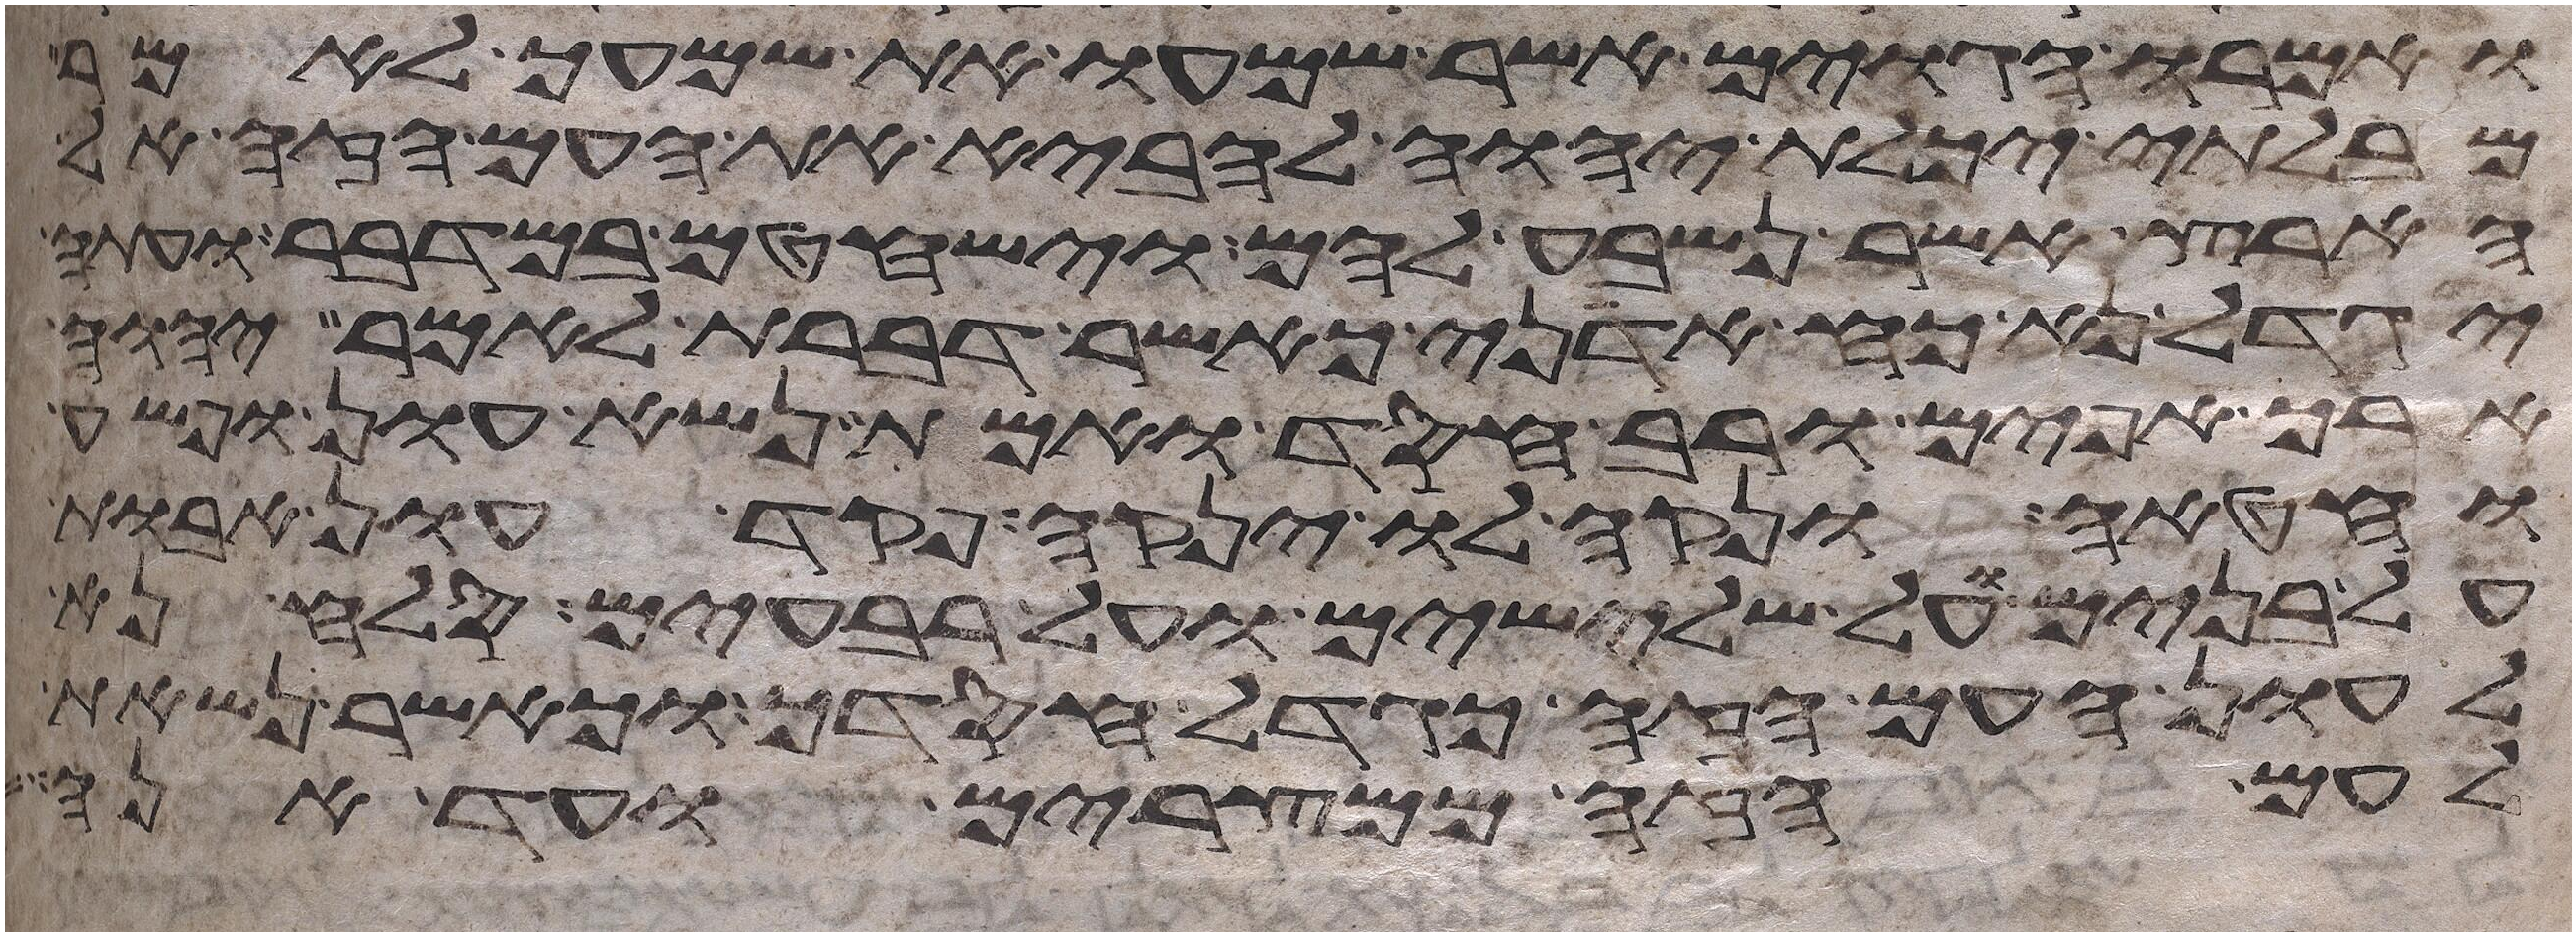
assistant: ואמרו הגוים אשר שמעו את שמעך לאמר
מבלתי יכלת יהוה להביא את העם הזה אל
הארץ אשר נשבע להם וישחטם במדבר ועתה
יגדל נא כח אדני כאשר דברת לאמר יהוה
ארך אפים ורב חסד ואמת נשא עון ופשע
וחטאה ונקה לו ינקה פקד עון אבות
על בנים על שלישים ועל רביעים סלח נא
לעון העם הזה כגדל חסדך וכאשר נשאת
לעם הזה ממצרים ועד הנה